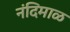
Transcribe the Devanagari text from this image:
नंदिमाळ